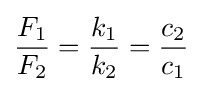
{\frac {F_{1}}{F_{2}}}={\frac {k_{1}}{k_{2}}}={\frac {c_{2}}{c_{1}}}